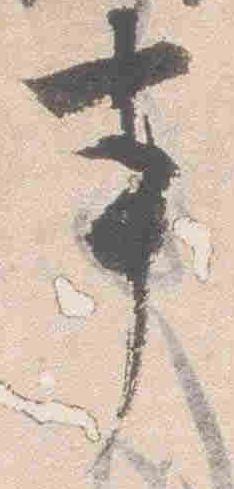
事